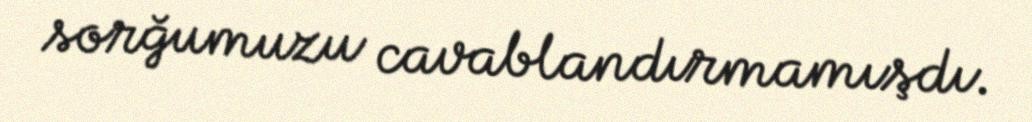
sorğumuzu cavablandırmamışdı.